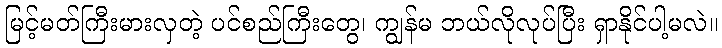
မြင့်မတ်ကြီးမားလှတဲ့ ပင်စည်ကြီးတွေ၊ ကျွန်မ ဘယ်လိုလုပ်ပြီး ရှာနိုင်ပါ့မလဲ။